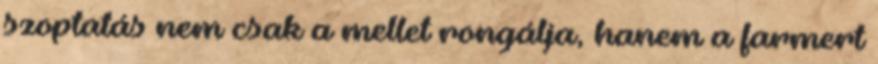
szoptatás nem csak a mellet rongálja, hanem a farmert